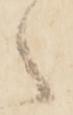
々